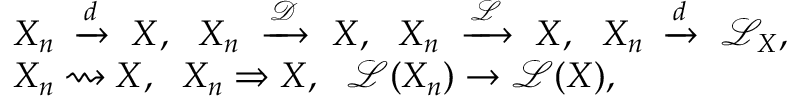
{ \begin{array} { r l } { } & { X _ { n } \ \xrightarrow { d } \ X , \ \ X _ { n } \ \xrightarrow { \mathcal { D } } \ X , \ \ X _ { n } \ \xrightarrow { \mathcal { L } } \ X , \ \ X _ { n } \ \xrightarrow { d } \ { \mathcal { L } } _ { X } , } \\ & { X _ { n } \rightsquigarrow X , \ \ X _ { n } \Rightarrow X , \ \ { \mathcal { L } } ( X _ { n } ) \to { \mathcal { L } } ( X ) , } \end{array} }